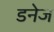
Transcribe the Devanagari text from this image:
डनेज